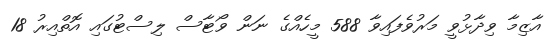
އާޒިމާ ވިދާޅުވީ މަރުވެފައިވާ 588 މީހެއްގެ ނަން ވޯޓާސް ލިސްޓުގައި އޮތްއިރު 18